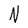
Character: N